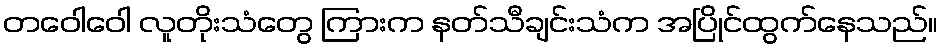
တဝေါဝေါ လူတိုးသံတွေ ကြားက နတ်သီချင်းသံက အပြိုင်ထွက်နေသည်။